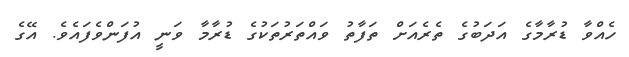
ހެއްވާ ޑުރާމާގެ އަދަބުގެ ތެރެއަށް ތަފާތު ވައްތަރުތަކުގެ ޑުރާމާ ވަނީ އުފަންވެފައެވެ. އޭގެ